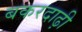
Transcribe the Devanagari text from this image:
बकरदाढ़ी